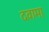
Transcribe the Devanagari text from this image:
दवामा